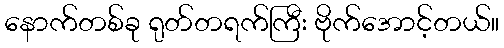
နောက်တစ်ခု ရုတ်တရက်ကြီး ဗိုက်အောင့်တယ်။